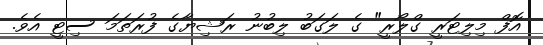
އޮފް މިލިޓަރީ ގްލޯރީ" ގެ ލަގަބު ލިބުނު ރަޝިޔާގެ ފުރަތަމަ ސިޓީ އެވެ.